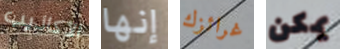
الأكاذيب إنها غرائزك يمكن